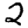
Digit: 2